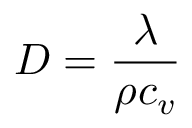
D = \frac { \lambda } { \rho c _ { v } }